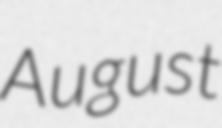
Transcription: August